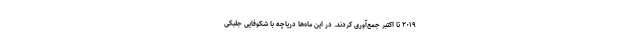
۲۰۱۹ تا اکتبر جمع‌آوری کردند. در این ماه‌ها دریاچه با شکوفایی جلبکی